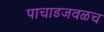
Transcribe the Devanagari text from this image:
पाचाडजवळच